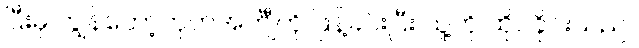
ပြီးမှ ကျွန်တော့်ကုတ်အင်္ကျီကို ဖြန့်ခင်းပြီး သူ့ကို ထိုင်ခိုင်းသည်။